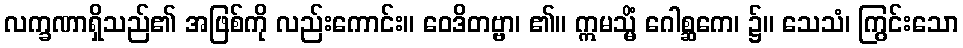
လက္ခဏာရှိသည်၏ အဖြစ်ကို လည်းကောင်း။ ဝေဒိတဗ္ဗာ၊ ၏။ ဣမသ္မိံ ဂေါစ္ဆကေ၊ ၌။ သေသံ၊ ကြွင်းသော